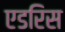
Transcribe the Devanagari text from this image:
एडरिस